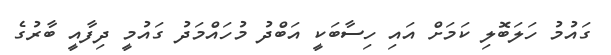
ގައުމު ހަލަބޮލި ކަމަށް އައި ހިސާބަކީ އަބްދު މުހައްމަދު ގައުމީ ދިފާއީ ބާރުގެ